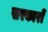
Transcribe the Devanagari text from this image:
सरकाराें